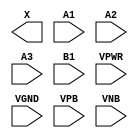
module sky130_fd_sc_ls__o31a (
    X   ,
    A1  ,
    A2  ,
    A3  ,
    B1  ,
    VPWR,
    VGND,
    VPB ,
    VNB
);

    output X   ;
    input  A1  ;
    input  A2  ;
    input  A3  ;
    input  B1  ;
    input  VPWR;
    input  VGND;
    input  VPB ;
    input  VNB ;
endmodule